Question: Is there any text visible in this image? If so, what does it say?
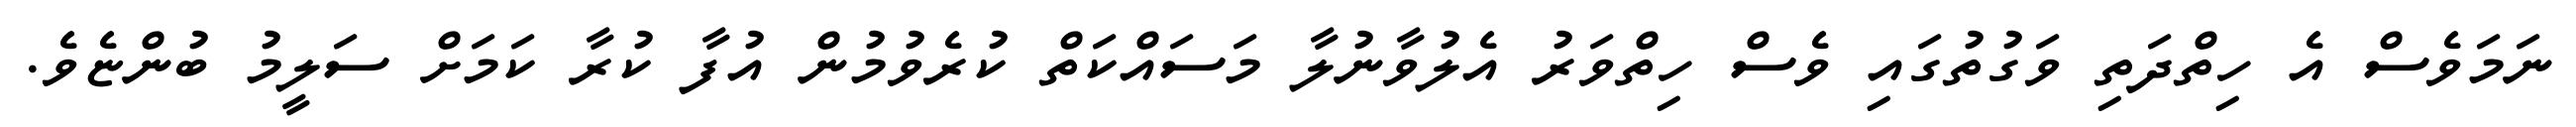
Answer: ނަމަވެސް އެ ހިތްދަތި ވަގުތުގައި ވެސް ހިތްވަރު އެލުވާނުލާ މަސައްކަތް ކުރެވުމުން އުފާ ކުރާ ކަމަށް ސަލީމު ބުންޏެވެ.